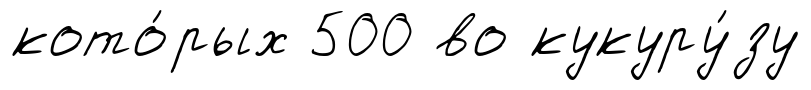
кото́рых 500 во кукуру́зу